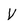
Character: V